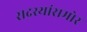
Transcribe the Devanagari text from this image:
सदस्यांसमोर